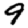
Digit: 9